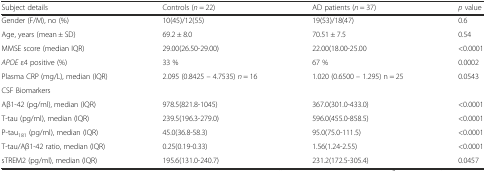
| Subject details | Controls (n = 22) | AD patients (n = 37) | p value |
 | --- | --- | --- | --- |
 | Gender (F/M), no (%) | 10(45)/12(55) | 19(53)/18(47) | 0.6 |
 | Age, years (mean ± SD) | 69.2 ± 8.0 | 70.51 ± 7.5 | 0.54 |
 | MMSE score (median IQR) | 29.00(26.50-29.00) | 22.00(18.00-25.00 | <0.0001 |
 | APOE ε4 positive (%) | 33 % | 67 % | 0.0002 |
 | Plasma CRP (mg/L), median (IQR) | 2.095 (0.8425 – 4.7535) n = 16 | 1.020 (0.6500 – 1.295) n = 25 | 0.0543 |
 | <COLSPAN=4> CSF Biomarkers |
 | Aβ1-42 (pg/ml), median (IQR) | 978.5(821.8-1045) | 367.0(301.0-433.0) | <0.0001 |
 | T-tau (pg/ml), median (IQR) | 239.5(196.3-279.0) | 596.0(455.0-858.5) | <0.0001 |
 | P-tau181 (pg/ml), median (IQR) | 45.0(36.8-58.3) | 95.0(75.0-111.5) | <0.0001 |
 | T-tau/Aβ1-42 ratio, median (IQR) | 0.25(0.19-0.33) | 1.56(1.24-2.55) | <0.0001 |
 | sTREM2 (pg/ml), median (IQR) | 195.6(131.0-240.7) | 231.2(172.5-305.4) | 0.0457 |